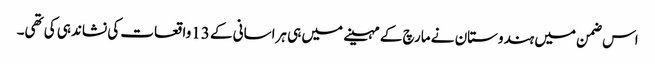
اس ضمن میں ہندوستان نے مارچ کے مہینے میں ہی ہراسانی کے 13واقعات کی نشاندہی کی تھی۔